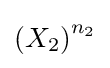
\left(X_{2}\right)^{n_{2}}